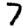
Digit: 7